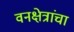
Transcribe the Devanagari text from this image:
वनक्षेत्रांचा